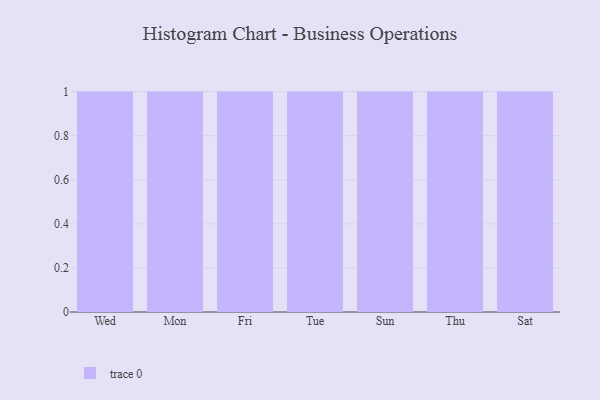
{"axis": {"x": "Day", "y": "Operating Costs (USD K)"}, "legend": [""], "data": [{"x": "Wed", "y": 36, "type": ""}, {"x": "Mon", "y": 61, "type": ""}, {"x": "Fri", "y": 68, "type": ""}, {"x": "Tue", "y": 74, "type": ""}, {"x": "Sun", "y": 67, "type": ""}, {"x": "Thu", "y": 61, "type": ""}, {"x": "Sat", "y": 2, "type": ""}]}